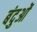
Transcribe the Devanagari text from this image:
बंदुओं